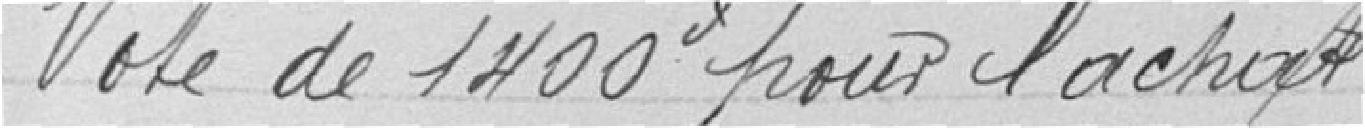
Vote de 1.400 F pour l'achat